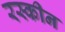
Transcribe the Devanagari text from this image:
रस्कीन